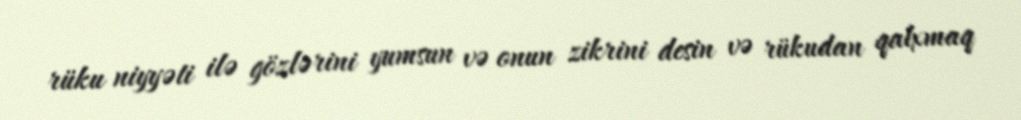
rüku niyyəti ilə gözlərini yumsun və onun zikrini desin və rükudan qalxmaq